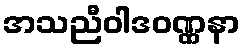
အသညီဝါဒဝဏ္ဏနာ